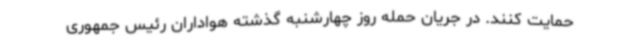
حمایت کنند. در جریان حمله روز چهارشنبه گذشته هواداران رئیس جمهوری